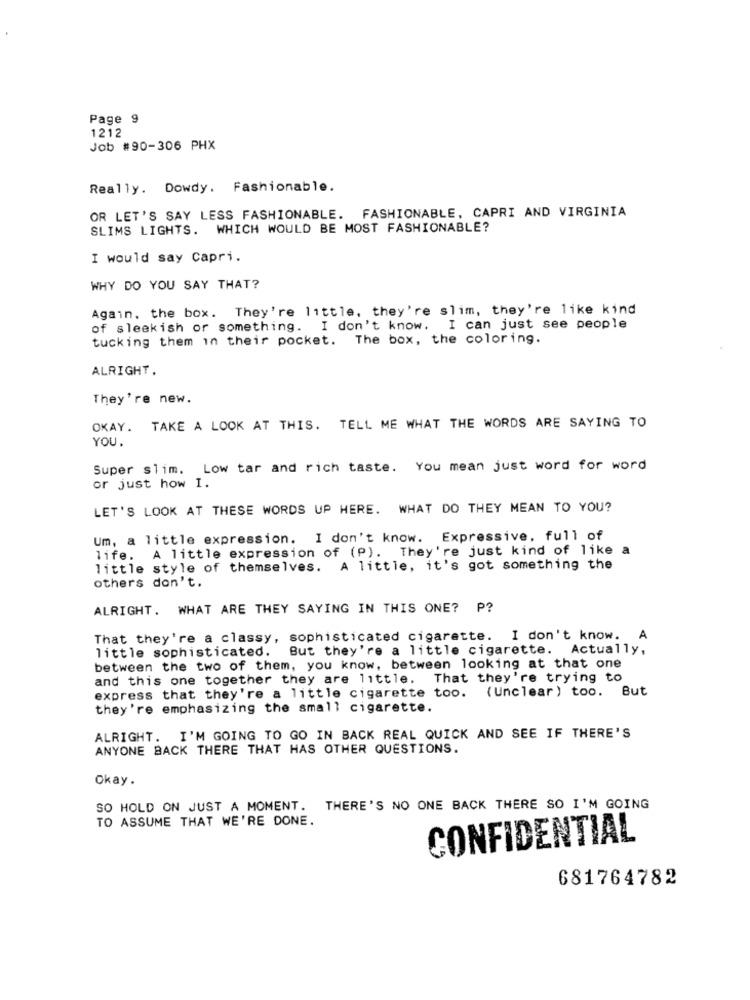
Page 9
1212
Job #90-306 PHX
Really. Dowdy. Fashionable.
OR LET'S SAY LESS FASHIONABLE. FASHIONABLE, CAPRI AND VIRGINIA
SLIMS LIGHTS. WHICH WOULD BE MOST FASHIONABLE?
I would say Capri.
WHY DO YOU SAY THAT?
Again. the box. They're little, they're slim, they're like kind
of sleekish or something. I don't know. I can just see people
tucking them in their pocket. The box, the coloring.
ALRIGHT.
They're new.
OKAY. TAKE A LOOK AT THIS. TELL ME WHAT THE WORDS ARE SAYING TO
YOU.
Super slim. Low tar and rich taste. You mean just word for word
or just how I.
LET'S LOOK AT THESE WORDS UP HERE. WHAT DO THEY MEAN TO YOU?
Um, a little expression. I don't know. Expressive, full of
life. A little expression of (P). They're just kind of like a
little style of themselves. A little, it's got something the
others don't.
ALRIGHT. WHAT ARE THEY SAYING IN THIS ONE? P?
That they're a classy, sophisticated cigarette. I don't know.
little sophisticated.
But they're a little cigarette. Actually,
between the two of them, you know, between looking at that one
and this one together they are little. That they're trying to
express that they're a little cigarette too. (Unclear) too. But
they're emphasizing the small cigarette.
ALRIGHT. I'M GOING TO GO IN BACK REAL QUICK AND SEE IF THERE'S
ANYONE BACK THERE THAT HAS OTHER QUESTIONS.
Okay.
SO HOLD ON JUST A MOMENT. THERE'S NO ONE BACK THERE SO I'M GOING
TO ASSUME THAT WE'RE DONE.
CONFIDENTIAL
681764782